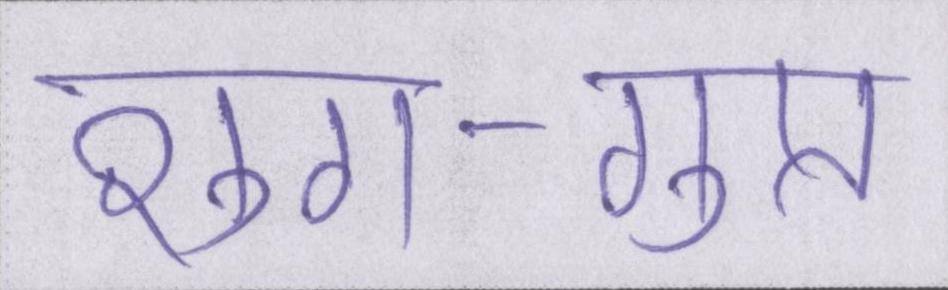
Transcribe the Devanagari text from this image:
शुंग-गुप्त